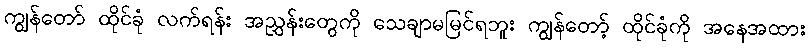
ကျွန်တော် ထိုင်ခုံ လက်ရန်း အညွှန်းတွေကို သေချာမမြင်ရဘူး ကျွန်တော့် ထိုင်ခုံကို အနေအထား